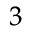
^ { 3 }